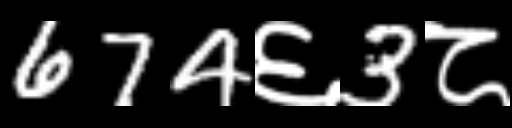
Text: 674६3८